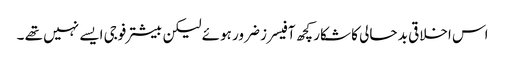
اس اخلاقی بد حالی کا شکار کچھ آفیسرز ضرور ہوئے لیکن بیشتر فوجی ایسے نہیں تھے ۔